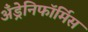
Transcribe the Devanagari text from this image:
अँड्रेनिफॉर्मिस